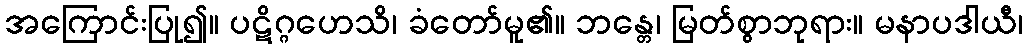
အကြောင်းပြု၍။ ပဋိဂ္ဂဟေသိ၊ ခံတော်မူ၏။ ဘန္တေ၊ မြတ်စွာဘုရား။ မနာပဒါယီ၊